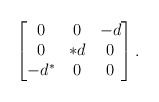
\begin{align*} \begin{bmatrix} 0 & 0 & -d \\ 0 & *d & 0 \\ -d^* &0 &0 \end{bmatrix}. \end{align*}